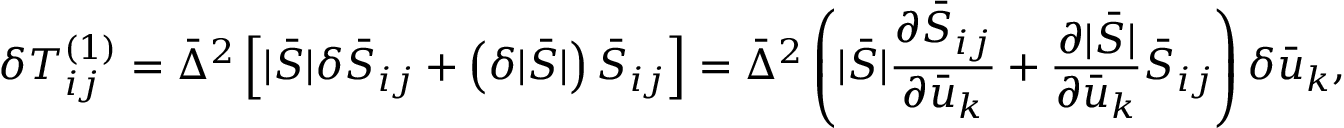
\delta T _ { i j } ^ { \left( 1 \right) } = { { \bar { \Delta } } ^ { 2 } } \left[ { | \bar { S } | \delta { { \bar { S } } _ { i j } } + \left( { \delta | \bar { S } | } \right) { { \bar { S } } _ { i j } } } \right] = { { \bar { \Delta } } ^ { 2 } } \left( { | \bar { S } | \frac { { \partial { { \bar { S } } _ { i j } } } } { { \partial { { \bar { u } } _ { k } } } } + \frac { { \partial | \bar { S } | } } { { \partial { { \bar { u } } _ { k } } } } { { \bar { S } } _ { i j } } } \right) \delta { { \bar { u } } _ { k } } ,